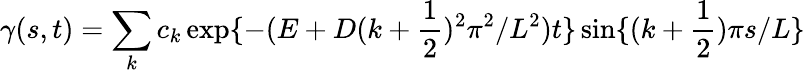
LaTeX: \gamma(s,t)=\sum_{k}c_{k}\exp\{ -(E+D(k+\frac{1}{2})^{2}\pi^{2}/L^{2})t\} \sin\{ (k+\frac{1}{2})\pi s/L\}